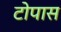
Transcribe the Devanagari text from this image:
टोपास